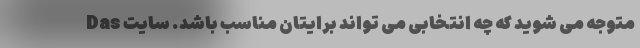
متوجه می شوید که چه انتخابی می تواند برایتان مناسب باشد. سایت Das